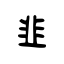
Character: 韭